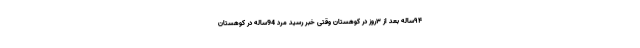
۹۴ساله بعد از ۳روز در کوهستان وقتی خبر رسید مرد 94ساله در کوهستان